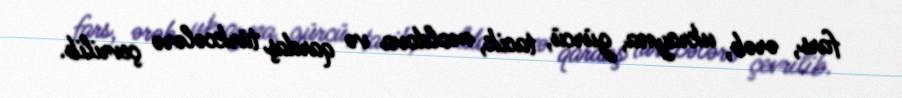
fars, ərəb, ukrayna, gürcü, tacik, moldova və qardaş türkcələrə çevrilib.